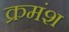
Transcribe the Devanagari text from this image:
क्रमंश